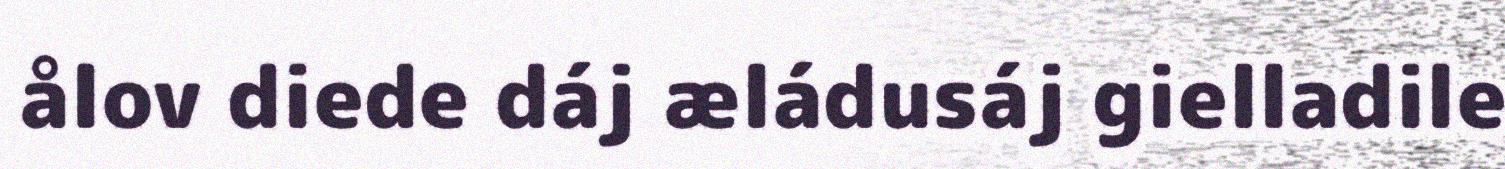
ålov diede dáj æládusáj gielladile